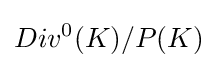
Div^{0}(K)/P(K)